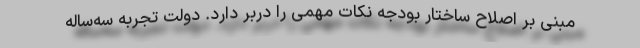
مبنی بر اصلاح ساختار بودجه نکات مهمی را دربر دارد. دولت تجربه سه‌ساله